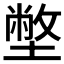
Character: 𡐞